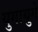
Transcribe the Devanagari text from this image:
युगायुगे